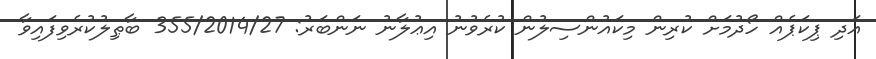
އަދި ޕިކަޕެއް ހޯދުމަށް ކުރިން މިކައުންސިލުން ކުރެވުނު އިޢުލާނު ނަންބަރު: 355/2014/27 ބާޠިލުކުރެވިފައިވާ